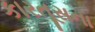
કારતૂસના